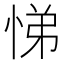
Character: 悌